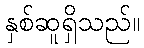
နှစ်ဆူရှိသည်။